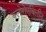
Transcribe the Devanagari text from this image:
क्लोरोएथिलीन